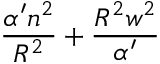
\frac { \alpha ^ { \prime } n ^ { 2 } } { R ^ { 2 } } + \frac { R ^ { 2 } w ^ { 2 } } { \alpha ^ { \prime } }